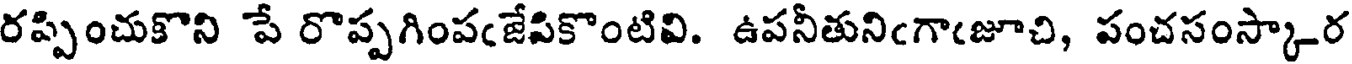
రప్పించుకొని పే రొప్పగింపఁజేపికొంటివి. ఉపనీతునిఁగాఁజూచి, పంచసంస్కార